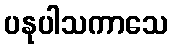
ပနုပါသကာသေ